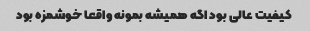
کیفیت عالی بود اگه همیشه بمونه واقعا خوشمزه بود